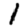
Digit: 1